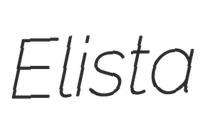
Elista